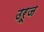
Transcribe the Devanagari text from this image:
उरूज